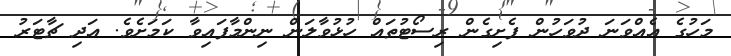
މަހުގެ އެއްވަނަ ދުވަހުން ފެށިގެން ރިސޯޓުތައް ހުޅުވާލަން ނިންމާފައިވާ ކަމަށެވެ. އަދި ޗާޓަރު